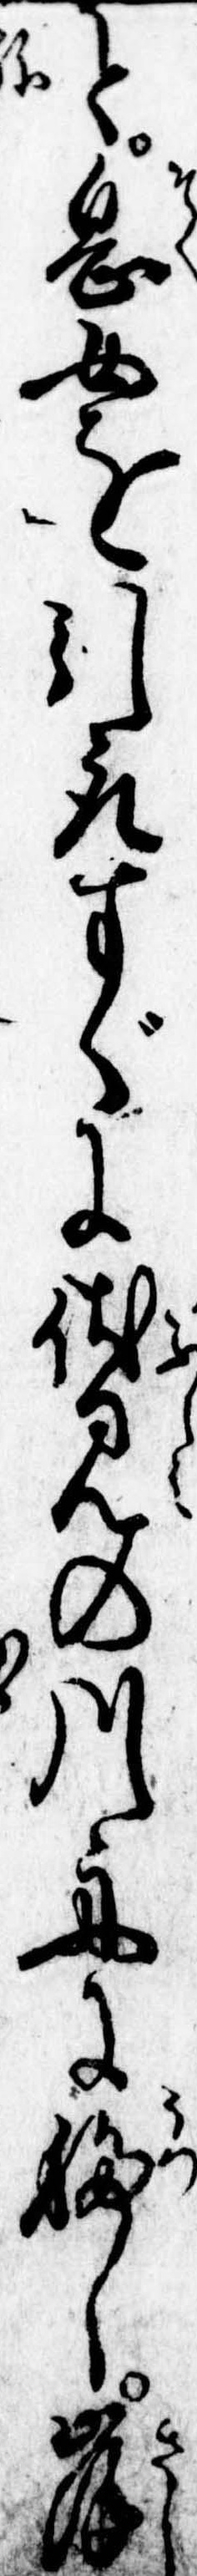
と息女を引取すぐに伏見の川舟に移し岸